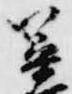
篳